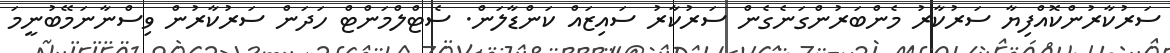
ސަރުކާރުންކޮއްފިޔާ ސަރުކާރު މެންބަރުންގަނެގެން ސަރުކާރު ސައިޒައް ކަންޑާލަން. ސެޓްލްމަންޓް ހަދަން ސަރުކާރުން ވިސްނާނަމޭބުނީމަ